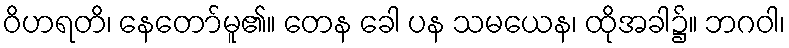
ဝိဟရတိ၊ နေတော်မူ၏။ တေန ခေါ ပန သမယေန၊ ထိုအခါ၌။ ဘဂဝါ၊